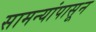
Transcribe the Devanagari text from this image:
सामन्यांपासून